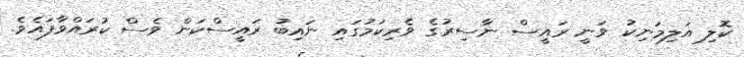
ކޮލި އަލިމަނިކު ވަނީ ރައީސް ނާސިރުގެ ވެރިކަމުގައި ނައިބު ރައީސްކަން ވެސް ކުރައްވާފައެވެ.